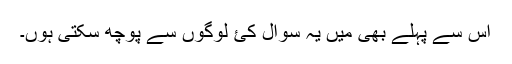
اس سے پہلے بھی میں یہ سوال کئ لوگوں سے پوچھ سکتی ہوں۔